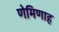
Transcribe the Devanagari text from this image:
णेमिणाह